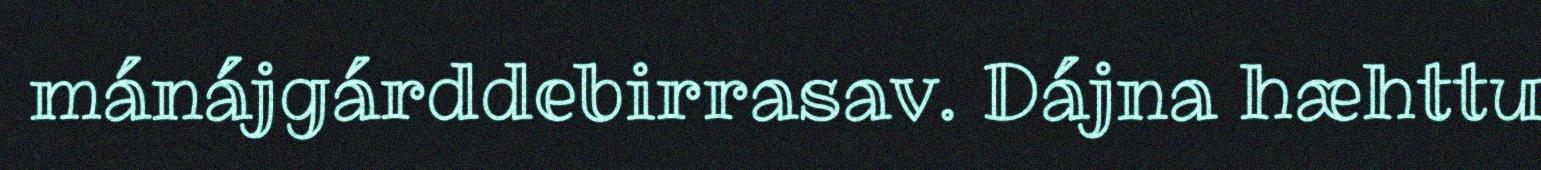
mánájgárddebirrasav. Dájna hæhttu